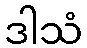
ဒါသံ